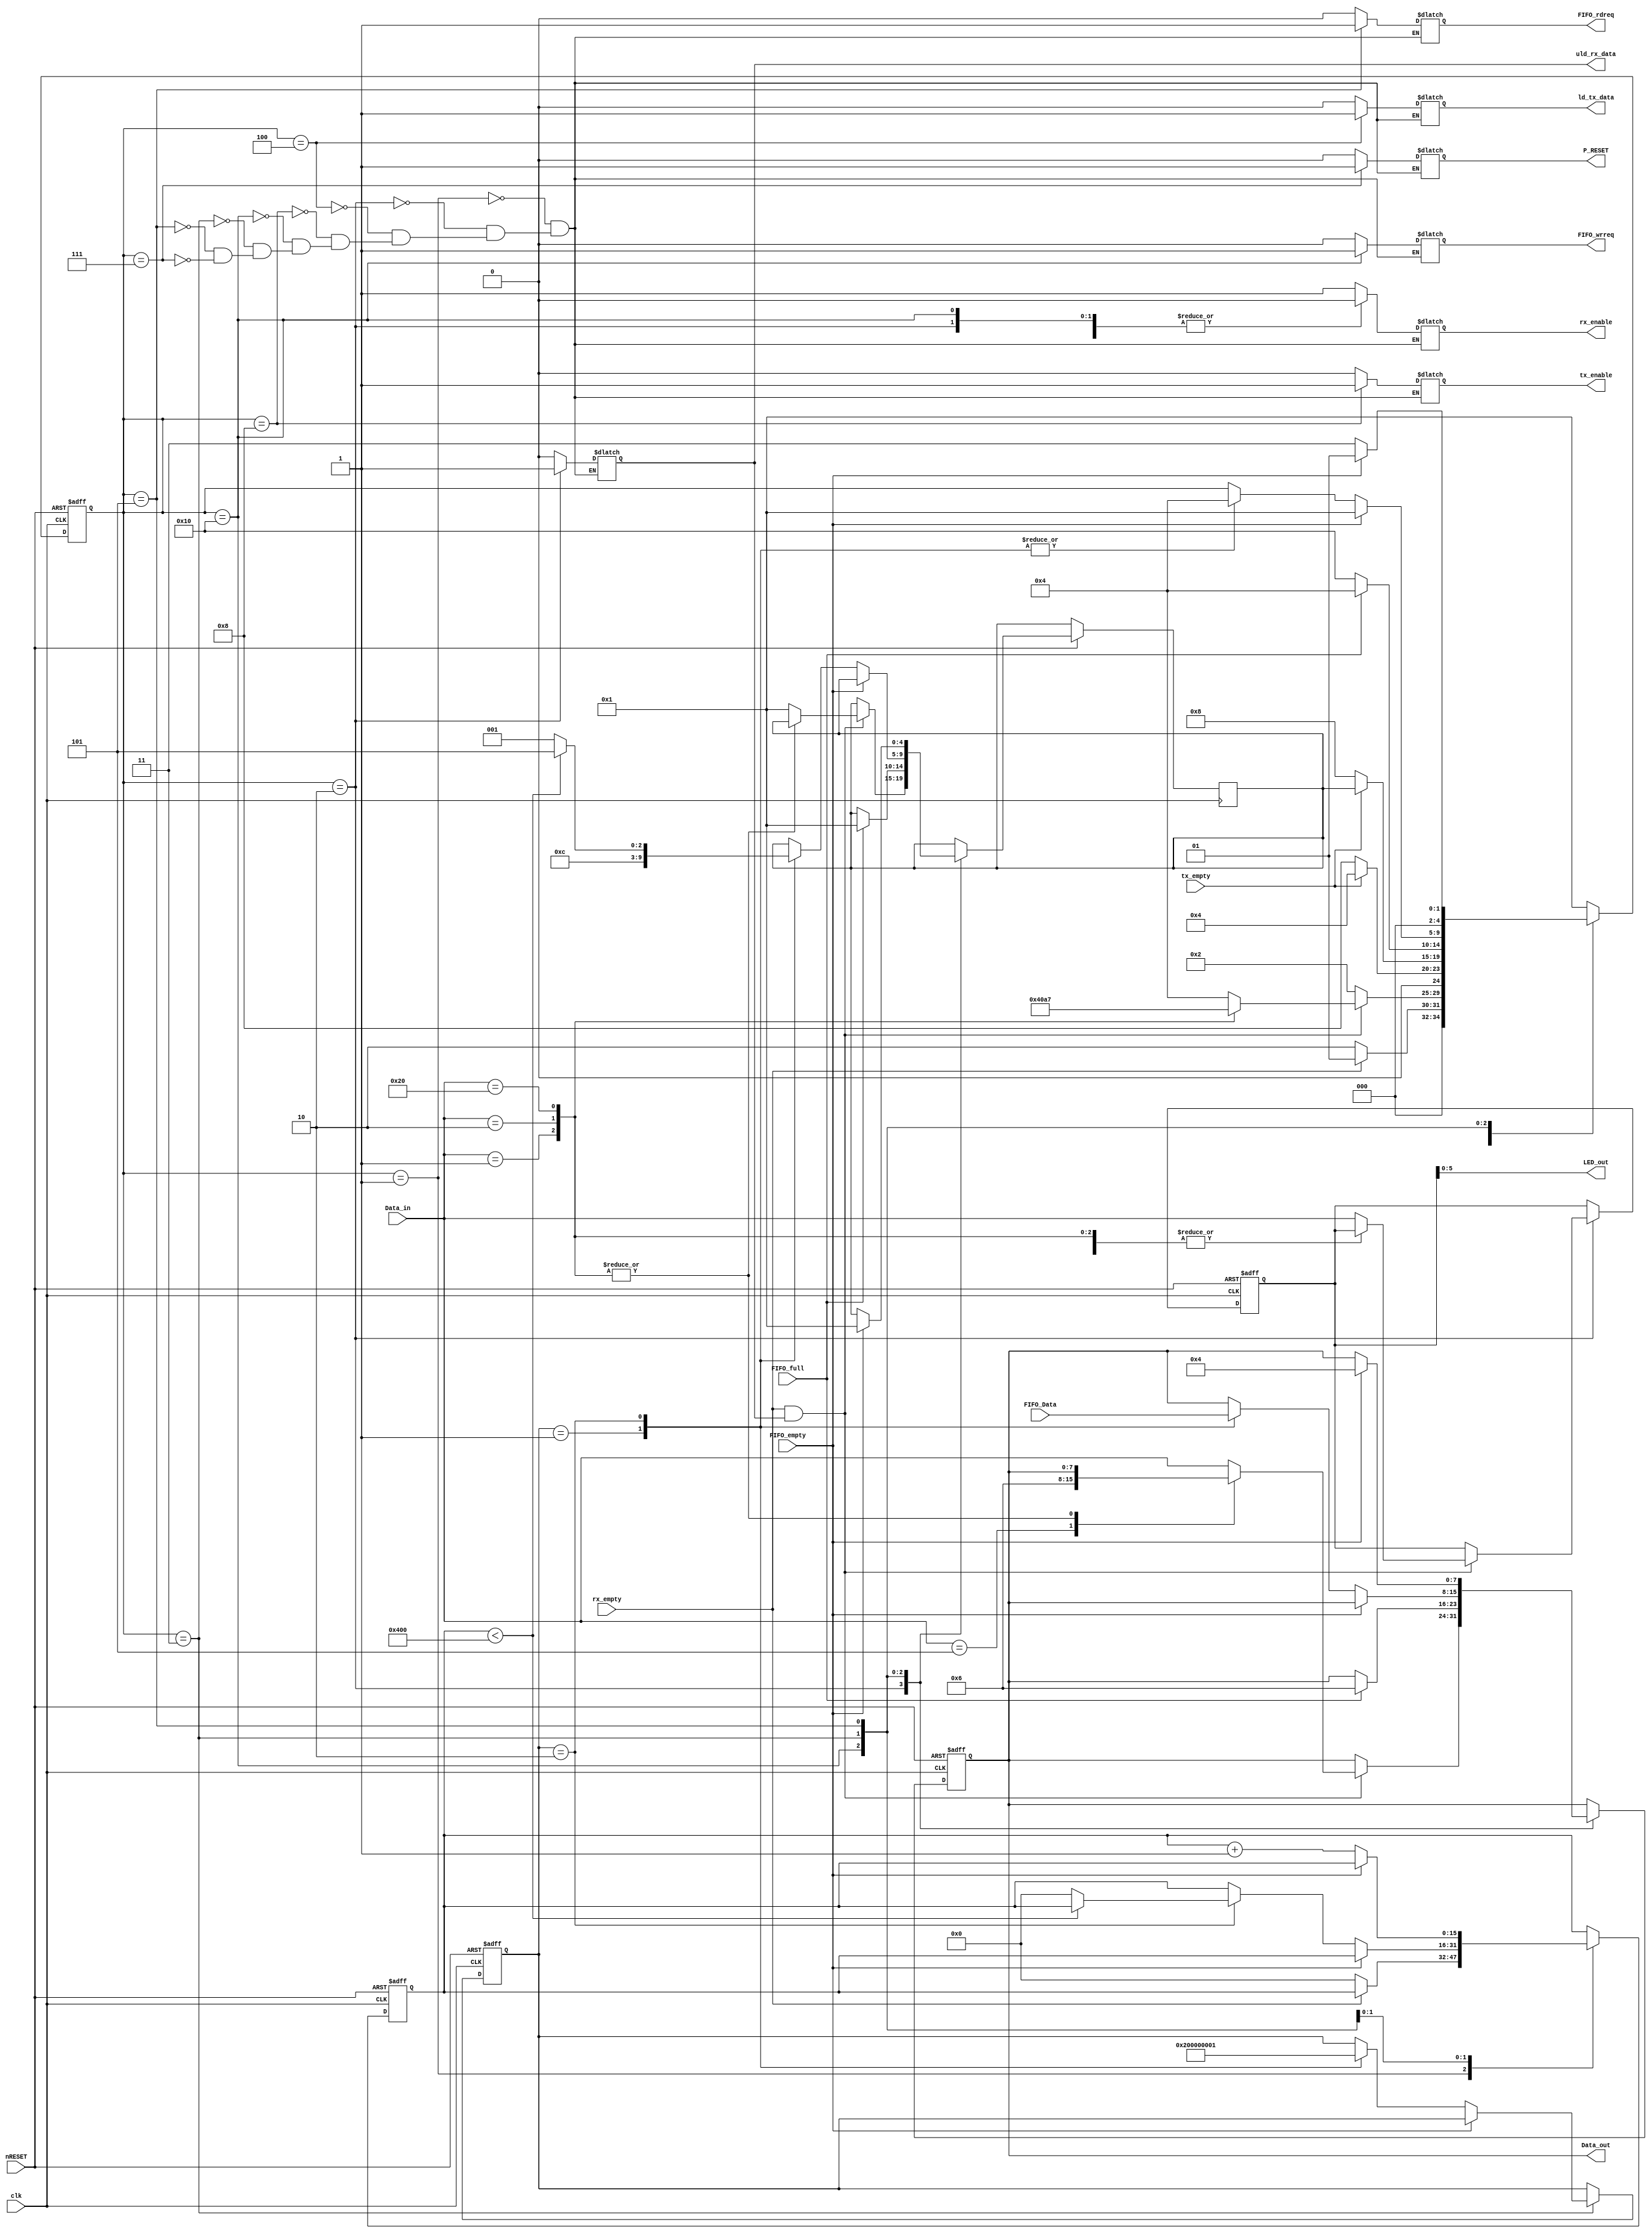
module UART_CONTROL
(
	input clk,nRESET,tx_empty,rx_empty,
	input [7:0] Data_in,
	input [15:0] FIFO_Data,
	input 		 FIFO_full,
	input 		 FIFO_empty,
	output reg ld_tx_data,
	output [7:0]  Data_out,
	output reg tx_enable,uld_rx_data,rx_enable,
	output reg FIFO_rdreq,
	output reg FIFO_wrreq,
	output [5:0]  LED_out,
	output reg P_RESET
);

integer b_num;
reg	[7:0] Unk_Data;
reg	[7:0] TX_Data;
reg	[15:0] num_data;

initial
num_data<=0;


assign LED_out =Unk_Data [5:0];
assign Data_out=TX_Data;


	// Declare state register
	reg		[4:0] state;
	reg		[4:0] AfterTX_state;
	
	// Declare states
	parameter ACK = 8'h06, nACK = 8'h15, EoT = 8'h04, ACQ = 8'h01, ST = 8'h02, EQR = 8'h05, RST = 8'h20;
	parameter IDLE = 5'b00001, RX_read = 5'b00010, TX_set = 5'b00100, TX_send=5'b01000,
					ACQUIRE= 5'b10000, SEND_DATA= 5'b00011, READ_FIFO= 5'b00101, RESET= 5'b00111;
	
	// Determine the next state synchronously, based on the
	// current state and the input
	always @ (posedge clk or negedge nRESET) begin
		if (!nRESET) begin
			state <= IDLE;
			Unk_Data <=8'h00;
			b_num <=1;
			TX_Data <= 8'h00;
			num_data <=0;
		end
		else
			case (state)
				IDLE: begin
					if (rx_empty)
						state<= IDLE;
					else	begin
						num_data <=0;
						state <=RX_read;
					end //else
				end //IDLE
				RX_read: begin
					if (rx_empty && uld_rx_data)			
						case (Data_in)
							EQR: begin				//Enquire
								AfterTX_state <= IDLE;
								TX_Data <= ACK;
								state <=TX_set;
							end
							ACQ: begin
								state <= ACQUIRE;
							end
							ST: begin
								state <= READ_FIFO;
							end
							RST: begin
								state <=  RESET;
							end
							default: begin
								Unk_Data <=Data_in;
								TX_Data <= Data_in;
								state <= TX_set;
								AfterTX_state <= IDLE;
							end
						endcase

					else
						state<=RX_read;
				end
				TX_set: begin
					if (tx_empty)
						state <= TX_set;
					else
						state <= TX_send;
				end
				TX_send: begin
					if (tx_empty)begin
						state <= AfterTX_state;
						end
					else
						state <= TX_send;
				end
				ACQUIRE: begin
					if (FIFO_full)begin
						TX_Data <= ACK;
						AfterTX_state <= IDLE;
						state <= TX_set;
						end
					else
						begin
						state <= ACQUIRE;
						end
				end
				SEND_DATA: begin
					if (!FIFO_empty)
						case (b_num)
							1: begin 
								TX_Data <= FIFO_Data[15:8];
								AfterTX_state <= SEND_DATA;  
								state <= TX_set;
								b_num <= 2;
							end
							2: begin 
								TX_Data <= FIFO_Data[7:0];
								 
								state <= TX_set;
								b_num <= 1;
								if (num_data < 1024)
								AfterTX_state <= READ_FIFO;
								else begin
								num_data <= 0;	
								AfterTX_state <= IDLE;
								end
								
							end
						endcase
					else begin
						state <= IDLE;
					end
				end
				READ_FIFO: begin
					if (!FIFO_empty)begin
						num_data <= num_data + 1;
						state <= SEND_DATA;
						end
					else
						begin
						TX_Data <= EoT;
						state <= TX_set;
						AfterTX_state <= IDLE;  
						state <= IDLE; 
						end
				end
				RESET: state <= IDLE;
				default: state<=IDLE;
			endcase
	end
	
	// Determine the output based only on the current state
	always @ (state)
	begin
		case (state)
			IDLE: begin
				ld_tx_data=0;
				tx_enable=0;
				uld_rx_data=0;
				rx_enable=1;
				FIFO_wrreq <= 1'b0;
				FIFO_rdreq <= 1'b0;
				P_RESET =0;
			end
			RX_read: begin
				uld_rx_data=1;
				rx_enable=0;
				ld_tx_data=0;
				tx_enable=0;
				FIFO_wrreq <= 1'b0;
				FIFO_rdreq <= 1'b0;
				P_RESET =0;
			end
			TX_set:begin
				uld_rx_data=0;
				rx_enable=0;
				ld_tx_data=1;
				tx_enable=0;
				FIFO_wrreq <= 1'b0;
				FIFO_rdreq <= 1'b0;
				P_RESET =0;
			end
			TX_send:begin
				uld_rx_data=0;
				rx_enable=0;
				ld_tx_data=0;
				tx_enable=1;
				FIFO_wrreq <= 1'b0;
				FIFO_rdreq <= 1'b0;
				P_RESET =0;
			end
			ACQUIRE: begin
				uld_rx_data=0;
				rx_enable=0;
				ld_tx_data=0;
				tx_enable=0;
				FIFO_wrreq <= 1'b1;
				FIFO_rdreq <= 1'b0;
				P_RESET =0;
			end
			SEND_DATA: begin
				uld_rx_data=0;
				rx_enable=0;
				ld_tx_data=0;
				tx_enable=0;
				FIFO_wrreq <= 1'b0;
			   FIFO_rdreq <= 1'b0;
				P_RESET =0;
			end
			READ_FIFO: begin
				uld_rx_data=0;
				rx_enable=0;
				ld_tx_data=0;
				tx_enable=0;
				FIFO_wrreq <= 1'b0;
			   FIFO_rdreq <= 1'b1;
				P_RESET =0;
			end
			RESET: begin
				ld_tx_data=0;
				tx_enable=0;
				uld_rx_data=0;
				rx_enable=1;
				FIFO_wrreq <= 1'b0;
				FIFO_rdreq <= 1'b0;
				P_RESET =1;
			end
		endcase
	end


endmodule